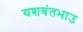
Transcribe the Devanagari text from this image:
यशवंतभाउ